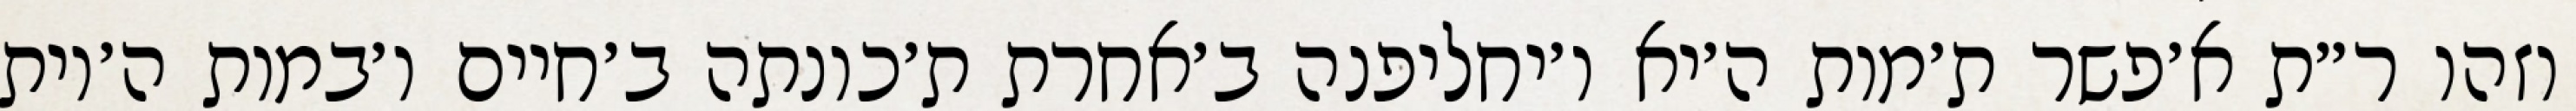
וזהו ר״ת א׳פשר ת׳מות ה׳יא ו׳יחליפנה ב׳אחרת ת׳כונתה ב׳חיים ו׳במות ה׳יות